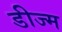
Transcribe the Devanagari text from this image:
डीज्म